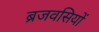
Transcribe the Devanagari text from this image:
ब्रजवसियों